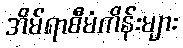
အိမ်ရာစီမံကိန်းများ